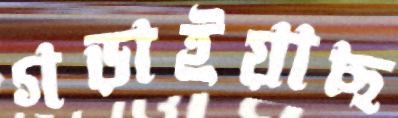
গড়াইয়াছ